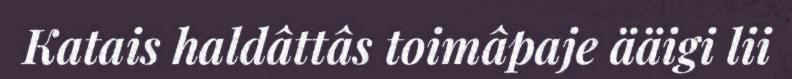
Katais haldâttâs toimâpaje ääigi lii